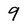
Character: 9